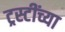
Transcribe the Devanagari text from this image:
ट्रस्टींच्या